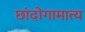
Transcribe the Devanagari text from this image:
छांदोगामात्य